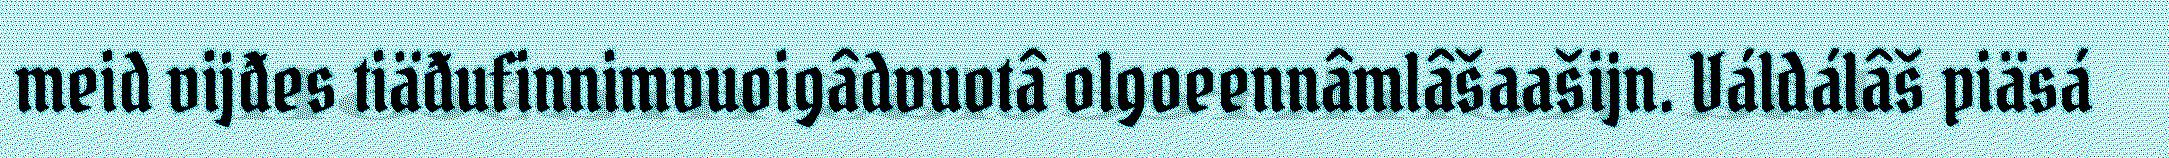
meid vijđes tiäđufinnimvuoigâdvuotâ olgoeennâmlâšaašijn. Váldálâš piäsá